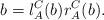
LaTeX: \begin{align*}b=l^C_A(b) r^C_A(b).\end{align*}